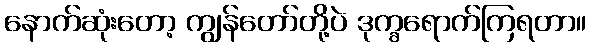
နောက်ဆုံးတော့ ကျွန်တော်တို့ပဲ ဒုက္ခရောက်ကြရတာ။